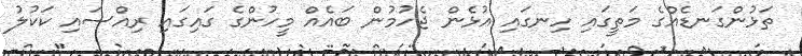
ތަޅުންގަނޑެއްގެ މަތީގައި ހިނގައި އުޅެން ޖެހުމުން ބައެއް މީހުންގެ ގައިގައި ރިއްސައި ކަކުލު